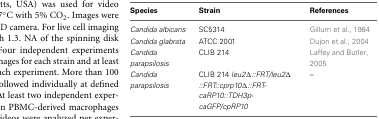
| Species | Strain | References |
 | --- | --- | --- |
 | Candida albicans | SC5314 | Gillum et al., 1984 |
 | Candida glabrata | ATCC 2001 | Dujon et al., 2004 |
 | Candida parapsilosis | CLIB 214 | Laffey and Butler, 2005 |
 | Candida parapsilosis | CLIB 214 leu2Δ::FRT/leu2Δ::FRT::cprp10Δ::FRT-caRP10::TDH3p-caGFP/cpRP10 | – |